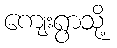
ကျေးရွာသို့